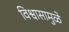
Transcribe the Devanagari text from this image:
विश्वासामुळे